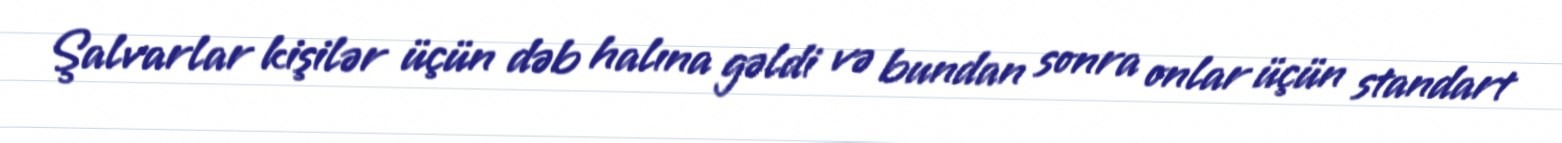
Şalvarlar kişilər üçün dəb halına gəldi və bundan sonra onlar üçün standart